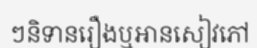
ៗនិទានរឿងឬអានសៀវភៅ